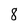
Character: 8